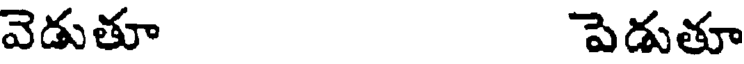
వెడుతూ పెడుతూ